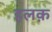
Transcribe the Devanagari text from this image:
हलक़